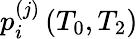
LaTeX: p_{i}^{(j)}\left(T_{0},T_{2}\right)